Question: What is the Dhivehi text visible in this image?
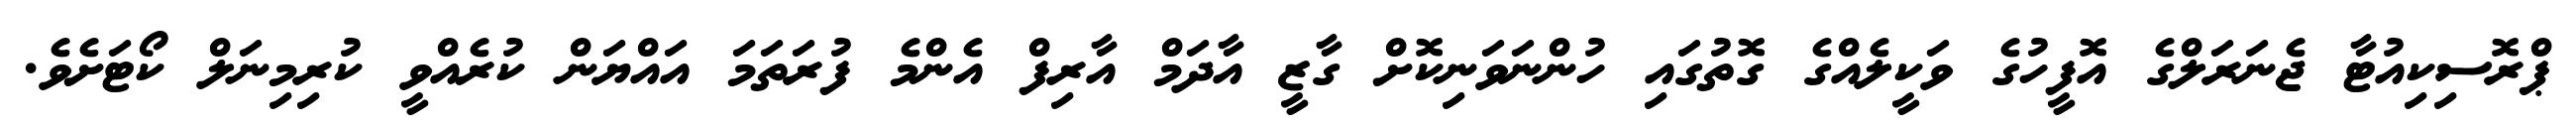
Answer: ޕްރޮސިކިއުޓާ ޖެނަރަލްގެ އޮފީހުގެ ވަކީލެއްގެ ގޮތުގައި ހުންނަވަނިކޮށް ގާޒީ އާދަމް އާރިފް އެންމެ ފުރަތަމަ އައްޔަން ކުރެއްވީ ކުރިމިނަލް ކޯޓަށެވެ.